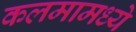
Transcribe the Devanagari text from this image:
कलमामध्ये